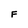
Character: F